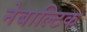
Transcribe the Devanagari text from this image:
नेबाल्टिक